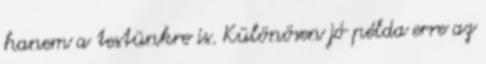
hanem a testünkre is. Különösen jó példa erre az